Vaccination in Bombay 1863-1868 - 1863-1868
Year: 1863
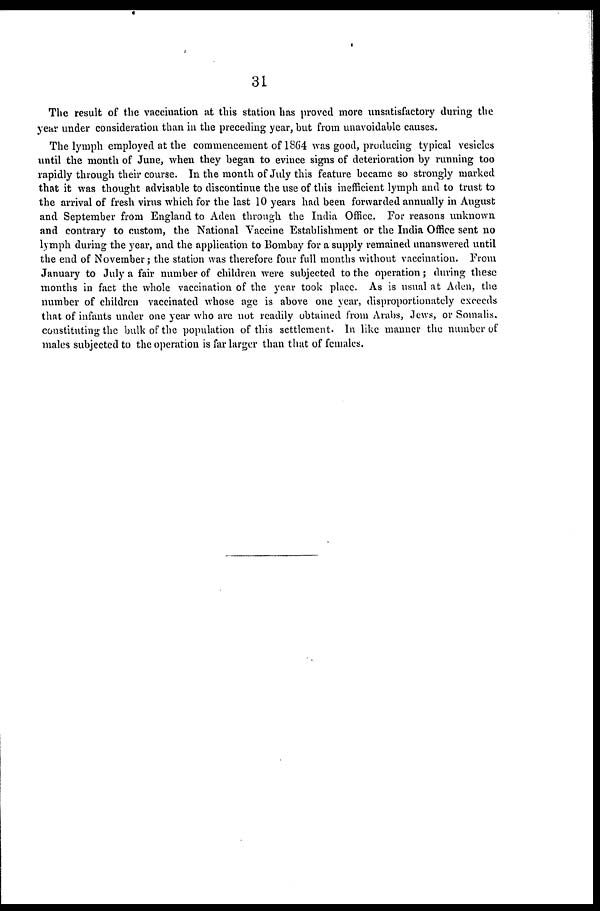
31
The result of the vaccination at this station has proved more unsatisfactory during the
year under consideration than in the preceding year, but from unavoidable causes.
The lymph employed at the commencement of 1864 was good, producing typical vesicles
until the month of June, when they began to evince signs of deterioration by running too
rapidly through their course. In the month of July this feature became so strongly marked
that it was thought advisable to discontinue the use of this inefficient lymph and to trust to
the arrival of fresh virus which for the last 10 years had been forwarded annually in August
and September from England to Aden through the India Office. For reasons unknown
and contrary to custom, the National Vaccine Establishment or the India Office sent no
lymph during the year, and the application to Bombay for a supply remained unanswered until
the end of November; the station was therefore four full months without vaccination. From
January to July a fair number of children were subjected to the operation; during these
months in fact the whole vaccination of the year took place. As is usual at Aden, the
number of children vaccinated whose age is above one year, disproportionately exceeds
that of infants under one year who are not readily obtained from Arabs, Jews, or Somalis,
constituting the bulk of the population of this settlement. In like manner the number of
males subjected to the operation is far larger than that of females.